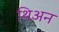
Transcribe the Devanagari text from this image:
थिअन